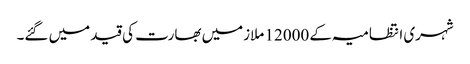
شہری انتظامیہ کے 12000 ملازمیں بھارت کی قید میں گئے۔